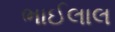
ભાઈલાલ